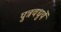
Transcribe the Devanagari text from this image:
पुत्रवधुयें